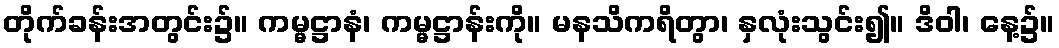
တိုက်ခန်းအတွင်း၌။ ကမ္မဋ္ဌာနံ၊ ကမ္မဋ္ဌာန်းကို။ မနသိကရိတွာ၊ နှလုံးသွင်း၍။ ဒိဝါ၊ နေ့၌။